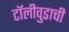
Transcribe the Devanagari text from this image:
टॉलीवुडाची